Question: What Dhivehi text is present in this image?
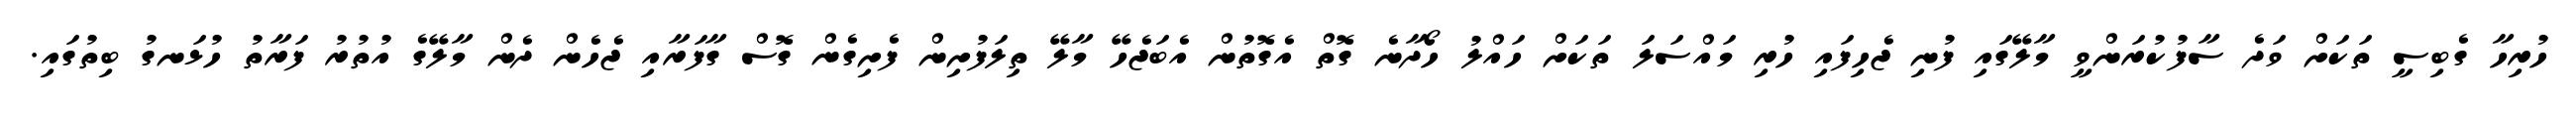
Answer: ހުރިހާ ގެބިސީ ތަކަށް ވަދެ ސާފުކުރަންވީ މާލޭގައި ފުނި ޖެހިފައި ހުރި މައްސަލަ ތަކަށް ހައްލު ހޯދާނެ ގޮތް އެގޮތުން އެބަޖެހޭ މާލޭ ތިލަފުށިން ފެށިގެން ގޮސް ގާފަރާއި ޖެހެން ދެން މާލޭގެ އުތުރު ފަރާތު ހުޅަނގު ބިތުގައި.